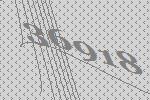
36918